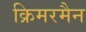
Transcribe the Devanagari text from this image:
क्रिमरमैन